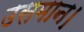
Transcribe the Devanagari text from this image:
उसमान।